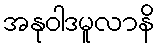
အနုဝါဒမူလာနိ